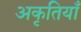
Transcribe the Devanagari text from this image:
अकृतियाँ